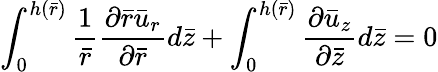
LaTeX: \int_{0}^{h(\bar{r})}\frac{1}{\bar{r}}\frac{{\partial}\bar{r}{\bar{u}}_{r}}{\partial{\bar{r}}}d\bar{z}+\int_{0}^{h(\bar{r})}\frac{{\partial}{\bar{u}}_{z}}{{\partial}\bar{z}}d\bar{z}=0